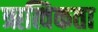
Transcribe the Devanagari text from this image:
ऋत्विकता